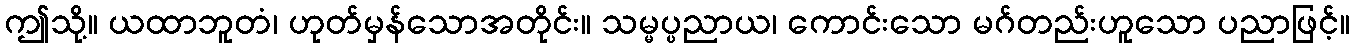
ဤသို့။ ယထာဘူတံ၊ ဟုတ်မှန်သောအတိုင်း။ သမ္မပ္ပညာယ၊ ကောင်းသော မဂ်တည်းဟူသော ပညာဖြင့်။